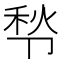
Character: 𰆒